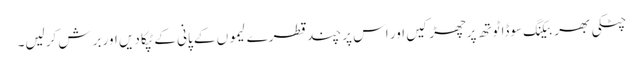
چٹکی بھر بیکنگ سوڈا ٹوتھ پرچھڑکیں اور اس پر چند قطرے لیموں کے پانی کے ٹپکا دیں اور برش کرلیں۔